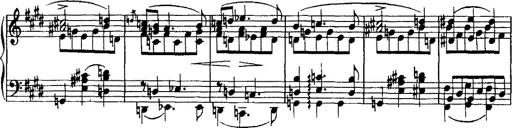
Title: Valse mÃ©lancolique
Composer: Paul Vidal
Key: F-sharp minor